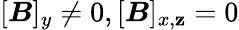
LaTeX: [\boldsymbol{B}]_{y}\neq0,[\boldsymbol{B}]_{x,\mathbf{z}}=0